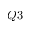
Q 3